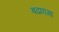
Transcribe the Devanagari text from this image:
बढाएगा